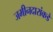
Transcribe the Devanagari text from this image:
जमीनदारांकडे